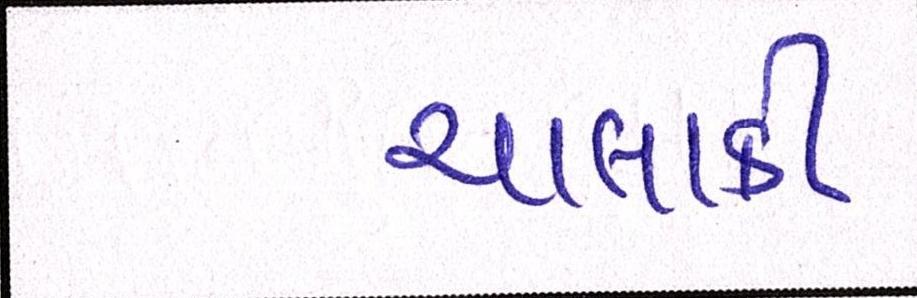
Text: ચાલાકી